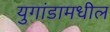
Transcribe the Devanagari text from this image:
युगांडामधील